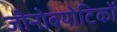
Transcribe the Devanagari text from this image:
जीनोबयोटिकों